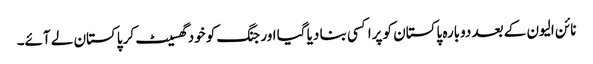
نائن الیون کے بعد دوبارہ پاکستان کو پراکسی بنا دیا گیا اور جنگ کو خود گھسیٹ کر پاکستان لے آئے۔